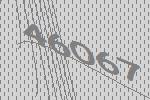
46067